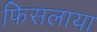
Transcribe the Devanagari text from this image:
फिसलाया